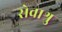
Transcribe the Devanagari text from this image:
सेवाश्रु